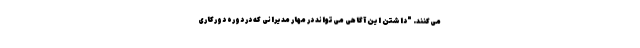
می‌کنند. "داشتن این آگاهی می‌تواند در مهار مدیرانی که در دوره دورکاری